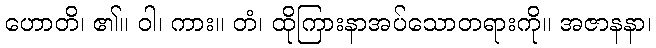
ဟောတိ၊ ၏။ ဝါ၊ ကား။ တံ၊ ထိုကြားနာအပ်သောတရားကို။ အဇာနနာ၊